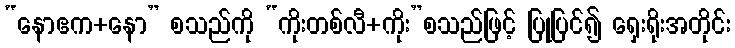
“နောဧက+နော” စသည်ကို “ကိုးတစ်လီ+ကိုး”စသည်ဖြင့် ပြုပြင်၍ ရှေးရိုးအတိုင်း